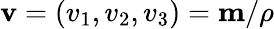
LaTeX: \mathbf{v}=(v_{1},v_{2},v_{3})=\mathbf{m}/\rho